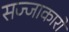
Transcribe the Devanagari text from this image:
सज्जाकारों